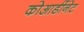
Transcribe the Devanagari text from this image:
कोआर्डीनेट